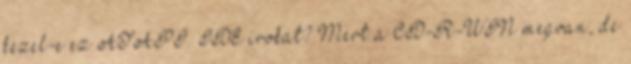
kezel-e ez ATAPI IDE irokat? Mert a CD-R-WIN megvan, de